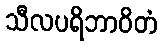
သီလပရိဘာဝိတံ